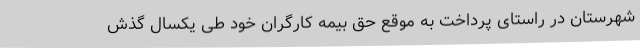
شهرستان در راستای پرداخت به موقع حق بیمه کارگران خود طی یکسال گذش